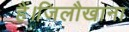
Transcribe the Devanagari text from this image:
हैं।जिलौखाना